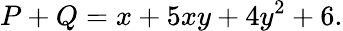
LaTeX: P+Q=x+5xy+4y^{2}+6.